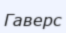
Гаверс